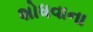
શોધવાના